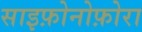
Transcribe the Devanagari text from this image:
साइफ़ोनोफ़ोरा